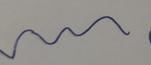
Signature authenticity: genuine